Philaematomyia insignis, Austen - Number 54
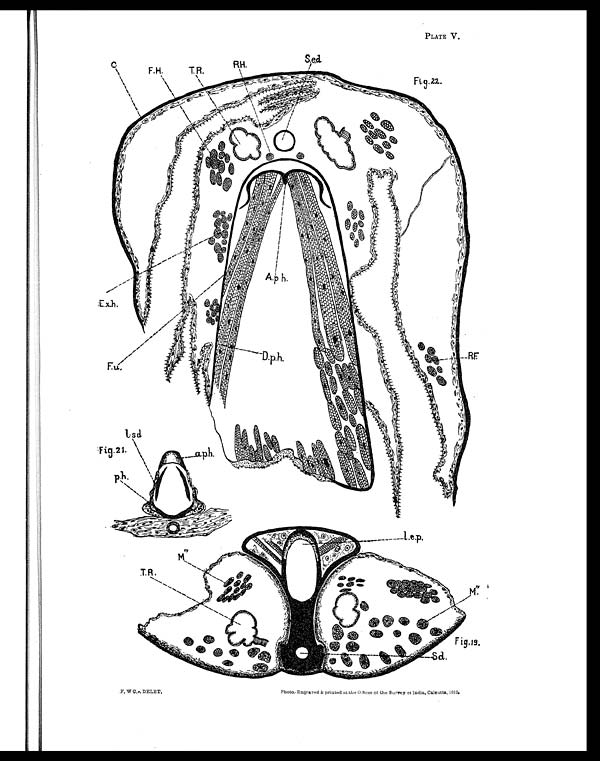
PLATE V.
F.W C. -.DELET.
Photo.-Engraved amp; printed at the Offices of the Survey of India, Calcutta, 1912.